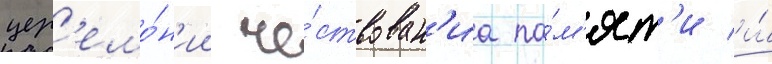
цер'емо́н'ии че́ствован'иа па́м'ят'и и́